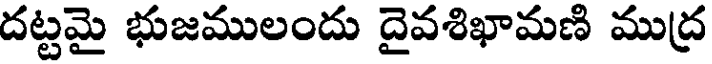
దట్టమై భుజములందు దైవశిఖామణి ముద్ర